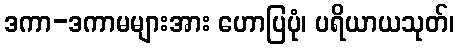
ဒကာ-ဒကာမများအား ဟောပြပုံ၊ ပရိယာယသုတ်၊